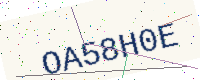
Text: OA58H0E